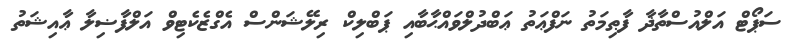
ސަޕޯޓް އަލްއުސްތާޛާ ފާޠިމަތު ނަފްޢަތު ޢަބްދުލްވައްޙާބާއި ޕަބްލިކް ރިލޭޝަންސް އެގްޒެކެޓިވް އަލްފާޟިލާ ޢާއިޝަތު